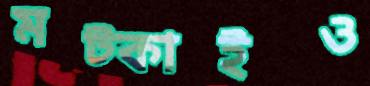
মট্‌কাইও